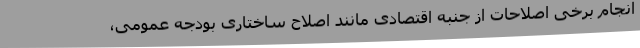
انجام برخی اصلاحات از جنبه اقتصادی مانند اصلاح ساختاری بودجه عمومی،